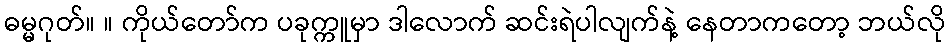
ဓမ္မဂုတ်။ ။ ကိုယ်တော်က ပခုက္ကူမှာ ဒါလောက် ဆင်းရဲပါလျက်နဲ့ နေတာကတော့ ဘယ်လို